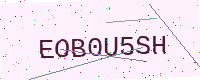
Text: EOB0U5SH